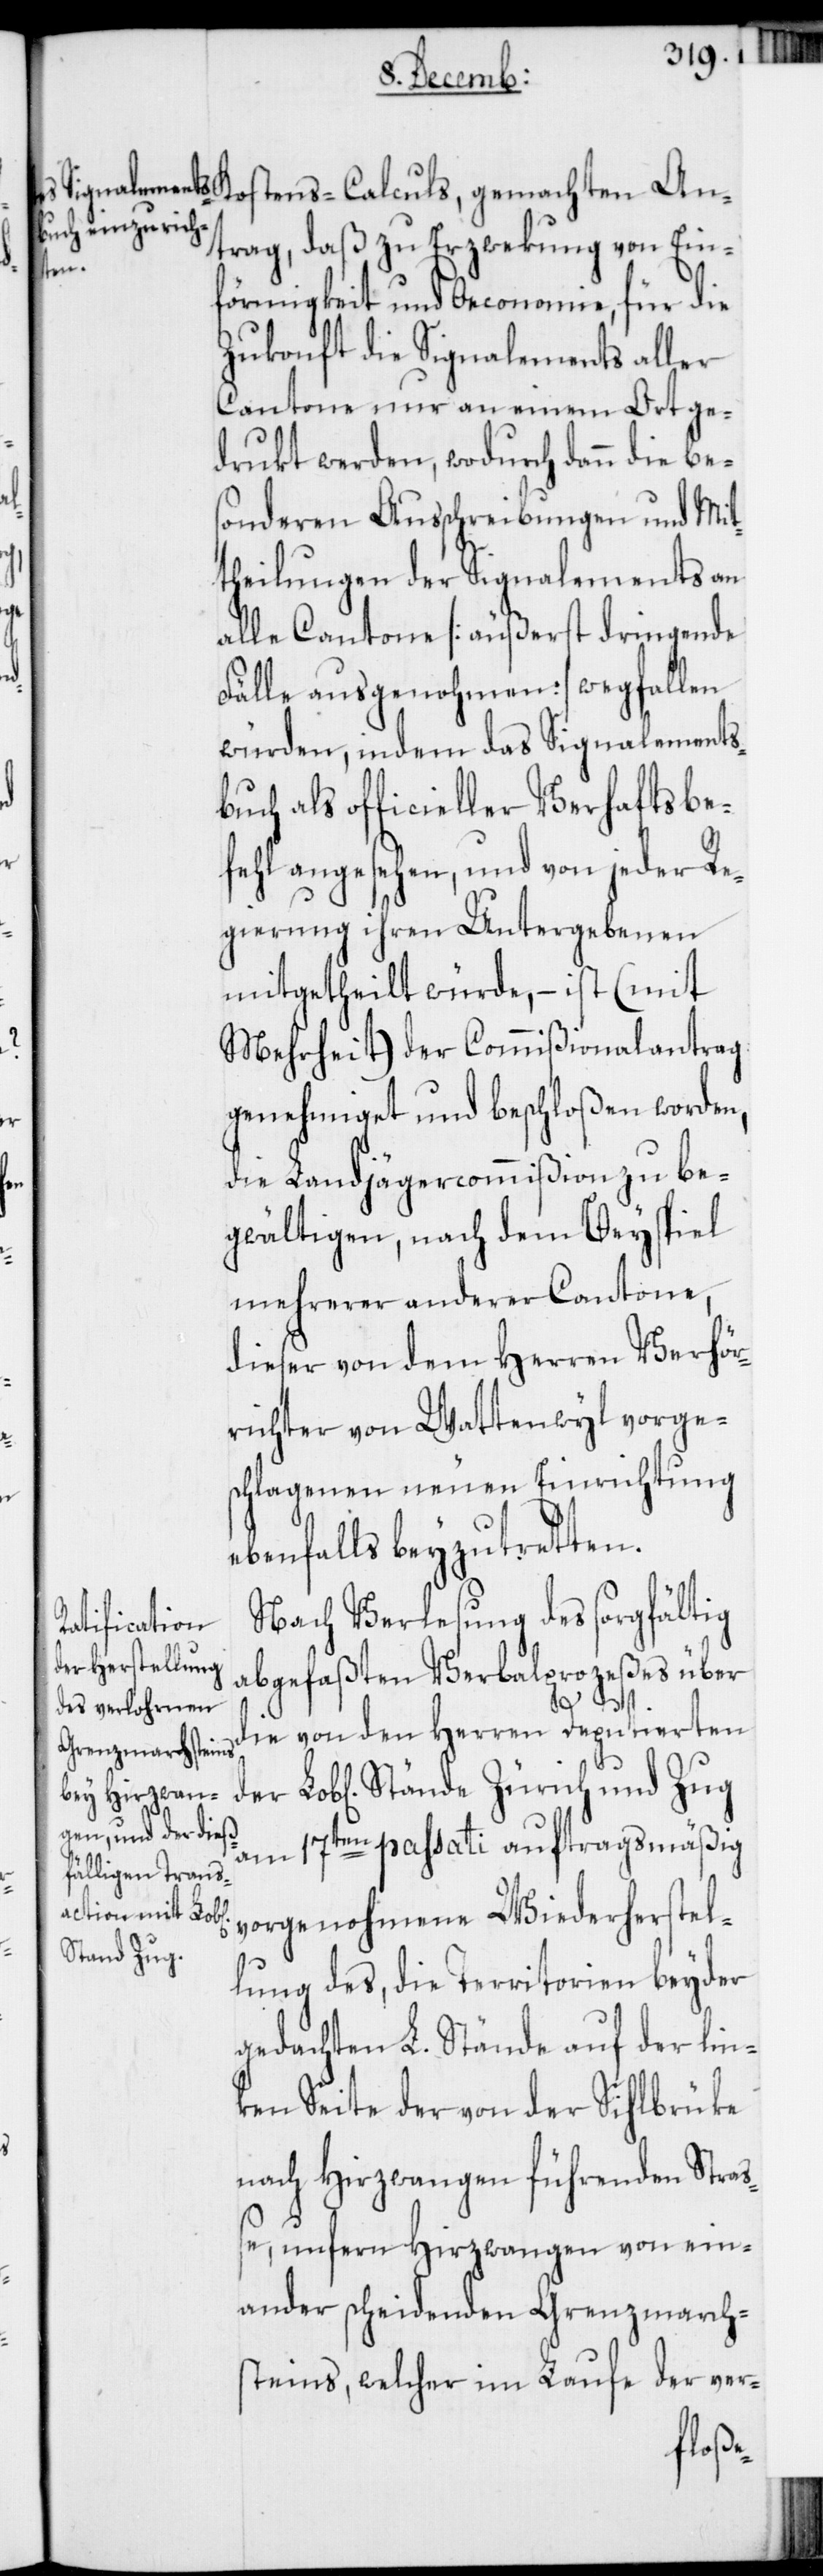
Kostens-Calculs, gemachten An¬
trag, daß zu Erzwekung von Ein¬
der
förmigkeit und Oeconomie, für die
Zukonft die Signalements aller
Cantone nur an einem Ort ge¬
drukt werden, wodurch dann die be¬
sonderen Ausschreibungen und Mit¬
theilungen der Signalements an
alle Cantone [äußerst dringende
Fälle ausgenohmen] wegfallen
würden, indem das Signalements¬
buch als officieller Verhaftbe¬
fehl angesehen, und von jeder Re¬
gierung ihren Untergebenen
mitgetheilt würde, – ist (mit
Mehrheit) der Commißionalantrag
genehmiget und beschloßen worden,
die Landjägercommißion zu be¬
gwältigen, nach dem Beyspiel
mehrerer anderer Cantone,
dieser von dem Herren Verhör¬
richter von Wattenwyl vorge¬
schlagenen neuen Einrichtung
ebenfalls beyzutretten.
Nach Verlesung des sorgfältig
abgefaßten Verbalprozeßes über
die von den Herren Deputierten
am 17ten passati auftragsmäßig
vorgenohmene Wiederherstel¬
lung des, die Territorien beyder
gedachten L. Stände auf der lin¬
ken Seite der von der Sihlbrüke
nach Hirzwangen führenden Stra¬
ße, unfern Hirzwangen von ein¬
ander scheidenden Grenzmarch¬
steins, welcher im Laufe der ver-